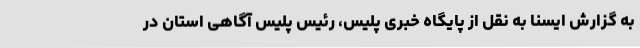
به گزارش ایسنا به نقل از پایگاه خبری پلیس، رئیس پلیس آگاهی استان در